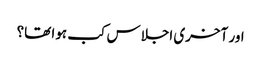
اور آخری اجلاس کب ہوا تھا؟